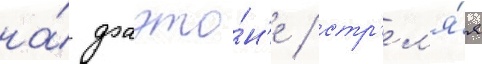
на́ фаэто́н'е / стр'ел'я́я